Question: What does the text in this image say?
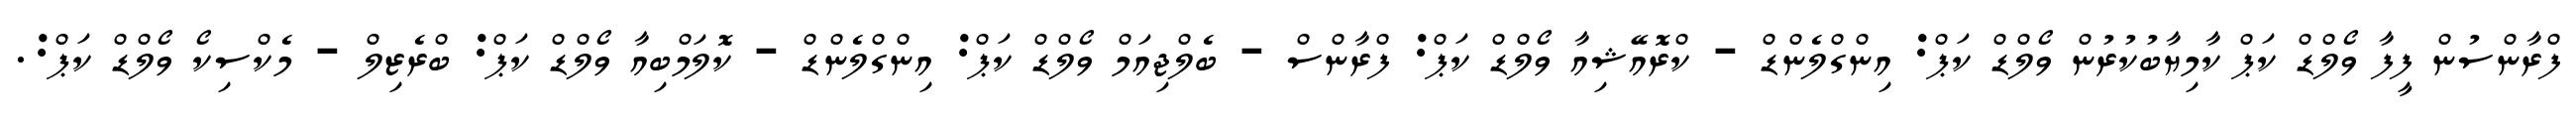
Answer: ފްރާންސުން ފީފާ ވޯލްޑް ކަޕް ކާމިޔާބުކުރުން ވޯލްޑް ކަޕް: އިންގްލެންޑް - ކްރޮއޭޝިއާ ވޯލްޑް ކަޕް: ފްރާންސް - ބެލްޖިއަމް ވޯލްޑް ކަޕް: އިންގްލެންޑް - ކޮލަމްބިއާ ވޯލްޑް ކަޕް: ބްރެޒިލް - މެކްސިކޯ ވޯލްޑް ކަޕް:.